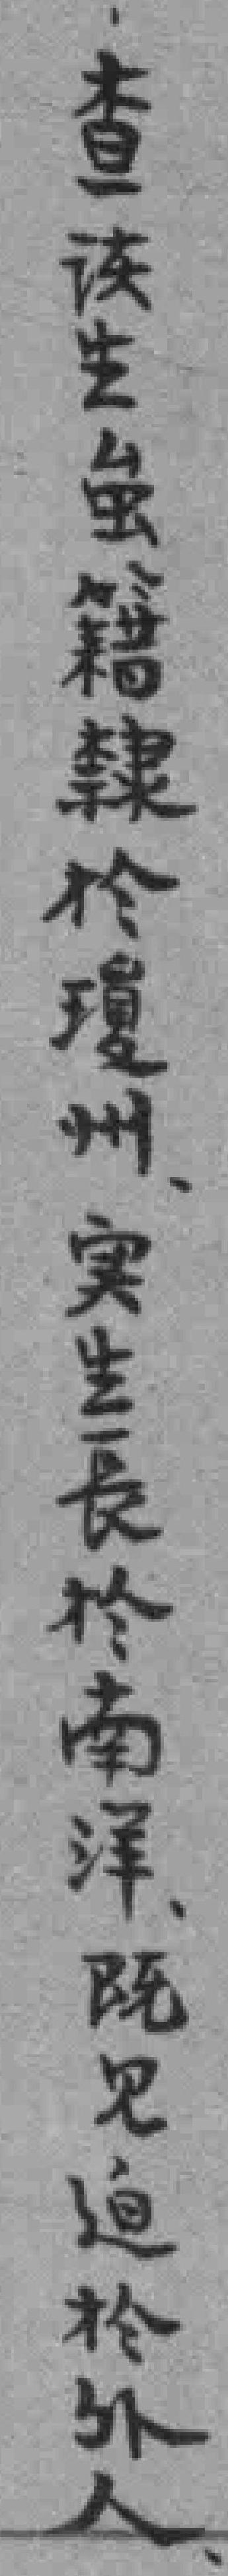
查該生虽籍隸於瓊州實生長於南洋既見迫於外人